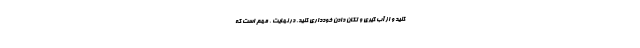
کنید و از آب گیری و تکان دادن خودداری کنید. در نهایت ، مهم است که